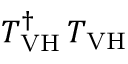
T _ { \mathrm { V H } } ^ { \dagger } \, T _ { \mathrm { V H } }